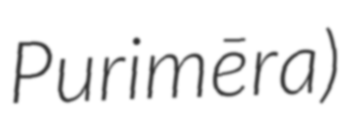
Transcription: Purimēra)